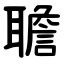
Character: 聸